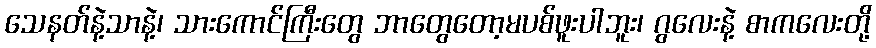
သေနတ်နဲ့သာနဲ့၊ သားကောင်ကြီးတွေ ဘာတွေတော့မပစ်ဖူးပါဘူး၊ ဂွလေးနဲ့ စာကလေးတို့